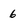
Character: 6